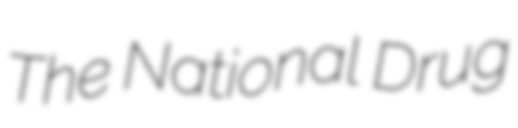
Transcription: The National Drug